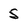
Character: 5